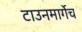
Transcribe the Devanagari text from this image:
टाउनमार्गेच